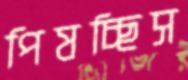
পিষচ্ছিস